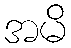
အမိ